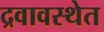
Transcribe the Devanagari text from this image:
द्रवावस्थेत